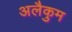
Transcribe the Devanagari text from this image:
अलैकुम